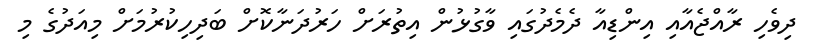
ދިވެހި ރާއްޖެއާއި އިންޑިއާ ދެމެދުގައި ވާގުޅުން އިތުރަށް ހަރުދަނާކޮށް ބަދިހިކުރުމަށް މިއަދުގެ މި